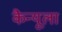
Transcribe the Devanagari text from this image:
कैन्यूला